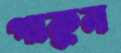
পাকুন